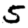
Digit: 5